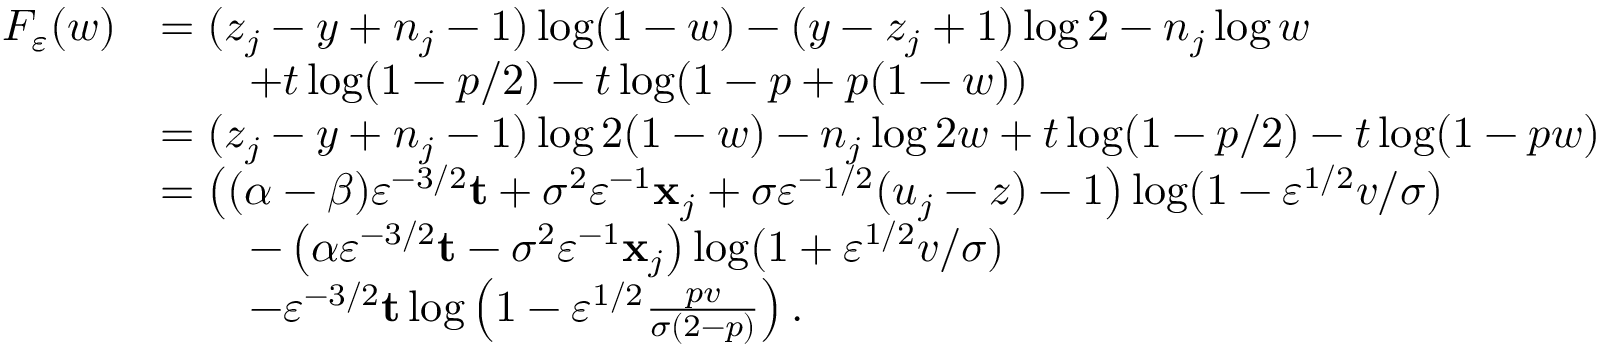
\begin{array} { r l } { F _ { \varepsilon } ( w ) } & { = ( z _ { j } - y + n _ { j } - 1 ) \log ( 1 - w ) - ( y - z _ { j } + 1 ) \log 2 - n _ { j } \log w } \\ & { \qquad + t \log ( 1 - p / 2 ) - t \log ( 1 - p + p ( 1 - w ) ) } \\ & { = ( z _ { j } - y + n _ { j } - 1 ) \log 2 ( 1 - w ) - n _ { j } \log 2 w + t \log ( 1 - p / 2 ) - t \log ( 1 - p w ) } \\ & { = \left( ( \alpha - \beta ) \varepsilon ^ { - 3 / 2 } \mathbf { t } + \sigma ^ { 2 } \varepsilon ^ { - 1 } \mathbf { x } _ { j } + \sigma \varepsilon ^ { - 1 / 2 } ( u _ { j } - z ) - 1 \right) \log ( 1 - \varepsilon ^ { 1 / 2 } v / \sigma ) } \\ & { \qquad - \left( \alpha \varepsilon ^ { - 3 / 2 } \mathbf { t } - \sigma ^ { 2 } \varepsilon ^ { - 1 } \mathbf { x } _ { j } \right) \log ( 1 + \varepsilon ^ { 1 / 2 } v / \sigma ) } \\ & { \qquad - \varepsilon ^ { - 3 / 2 } \mathbf { t } \log \left( 1 - \varepsilon ^ { 1 / 2 } \frac { p v } { \sigma ( 2 - p ) } \right) . } \end{array}